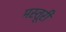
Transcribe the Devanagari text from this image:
मस्तूरी